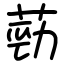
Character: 葝